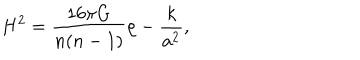
H ^ { 2 } = { \frac { 1 6 \pi G } { n ( n - 1 ) } } \rho - { \frac { k } { a ^ { 2 } } } ,